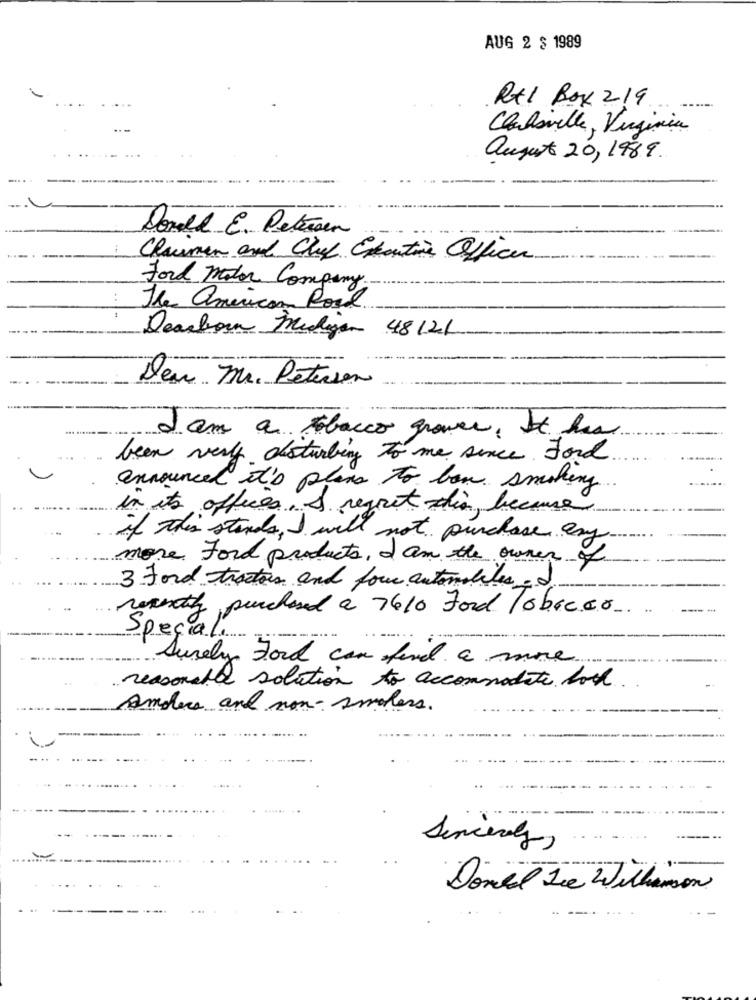
AUG 2 $ 1989
RX1 Box 219
Clubsville, Virginia
august 20, 1989.
Donald E. Petersen
Chairman and Chief Executive Officer
Ford Motor Company-
..
The american Road.
Dearborn Medligen 48121
Deu Mr. Petersen
I am a tabacco grover, It has
been very disturbing to me since. Ford
announced it's plans to ban smoking
in its offices. & regout die, because
if This stands, I will not purchase any.
more ford products, I am the owner of
3 Ford tractors and four automobiles- I
recently purchased a 7610 ford Pobreer
Speciali
Surely Ford can find a more
reasonable solution to accommodate both
Anders and non- smokers.
Sincerely,
Dondet Die Williamson